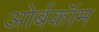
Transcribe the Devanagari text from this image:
ओर्बकॉम